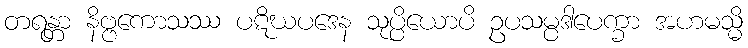
တရန္တာ နိဗ္ဗကောသဿ ပဋိဃပဒေန သုပ္ပိယောပိ ဥပသမ္ပဒါပေက္ခာ အဟမသ္မိ